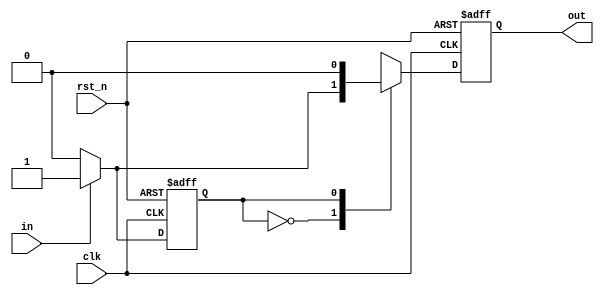
//-----------------------------------------------------
// Design Name : hw2_A
// Function : This program designs an One-Pulse Generator.
// Coder    : hydai
//-----------------------------------------------------
`timescale 1 ns/1 ns
module hw2_A (
				input in,
				input clk,
				input rst_n,
				output reg out
			 );
parameter S0 = 0;
parameter S1 = 1;
reg state, nextState;
reg tmp_out;
always @(posedge clk or negedge rst_n) begin
	if (~rst_n) begin
		state <= S0;
	end else begin
		state <= nextState;
	end // end of if-else block
end // end of always

// next state
always @(*) begin
	case (state) 
		S0: begin 				// previous input is 0
			if (in == 0) begin	// 0 -> 0 => 0
				nextState <= 0;
			end else begin		// 0 -> 1 => 1
				nextState <= 1;
			end
		end
		S1: begin				// previous input is 1
			if (in == 0) begin	// 1 -> 0 => 0
				nextState <= 0;
			end else begin		// 1 -> 1 => 0;
				nextState <= 1;
			end
		end
	endcase
end

// output
always @(*) begin
	case (state)
		S0: begin 				// previous input is 0
			if (in == 0) begin	// 0 -> 0 => 0
				tmp_out <= 0;
			end else begin		// 0 -> 1 => 1
				tmp_out <= 1;
			end
		end
		S1: begin				// previous input is 1
			tmp_out <= 0;
		end
	endcase
end

always @(posedge clk or negedge rst_n) begin
	if(~rst_n) begin
		out <= 0;
	end else begin
		out <= tmp_out;
	end
end
endmodule // endmodule of hw2_A